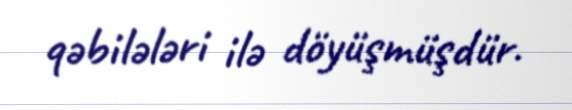
qəbilələri ilə döyüşmüşdür.